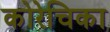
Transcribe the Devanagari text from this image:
कोरेचिका